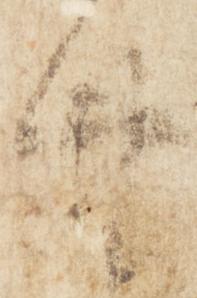
廿